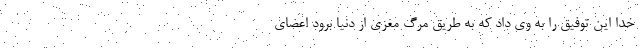
خدا این توفیق را به وی داد که به طریق مرگ مغزی از دنیا برود اعضای